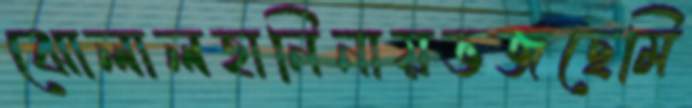
ঝোলালহানিনায়ভজছেমি